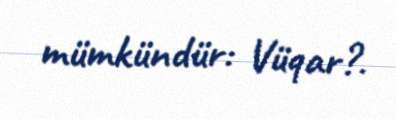
mümkündür: Vüqar?.